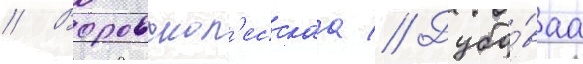
// Воровскол'есскаа // Дубо́ваа